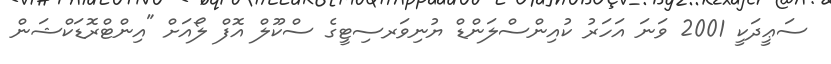
ސަޢީދަކީ 2001 ވަނަ އަހަރު ކުއިންސްލަންޑް ޔުނިވަރސިޓީގެ ސްކޫލް އޮފް ލޯއަށް "އިންޓްރޮޑަކްޝަން